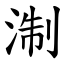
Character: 淛